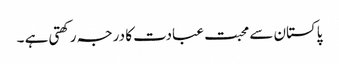
پاکستان سے محبت عبادت کا درجہ رکھتی ہے ۔